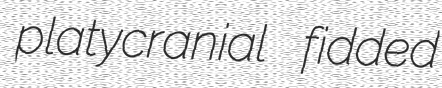
platycranial fidded